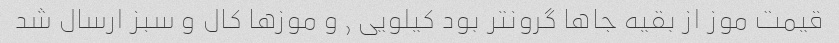
قیمت موز از بقیه جاها گرونتر بود کیلویی ٫ و موز‌ها کال و سبز ارسال شد